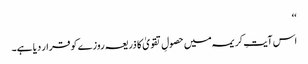
‘‘
اس آیتِ کریمہ میں حصولِ تقویٰ کا ذریعہ روزے کو قرار دیا ہے۔